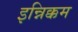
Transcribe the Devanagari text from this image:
इन्निक्कम